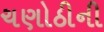
ચણોઠીની